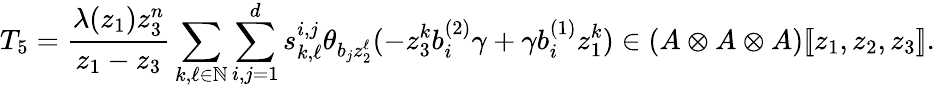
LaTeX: T_{5}=\frac{\lambda(z_{1})z_{3}^{n}}{z_{1}-z_{3}}\sum_{k,\ell\in\mathbb{N}}\sum_{i,j=1}^{d}s_{k,\ell}^{i,j}\theta_{b_{j}z_{2}^{\ell}}(-z_{3}^{k}b_{i}^{(2)}\gamma+\gamma b_{i}^{(1)}z_{1}^{k})\in(A\otimes A\otimes A)[\! [z_{1},z_{2},z_{3}]\! ].